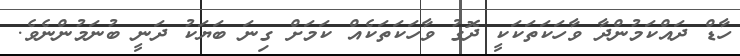
ހާޑް ދައްކަމުންދާ ވާހަކަތަކަކީ ދޮގު ވާހަކަތަކެއް ކަމަށް ގިނަ ބަޔަކު ދަނީ ބުނަމުންނެވެ.